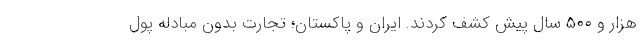
هزار و ۵۰۰ سال پیش کشف کردند. ایران و پاکستان؛ تجارت بدون مبادله پول